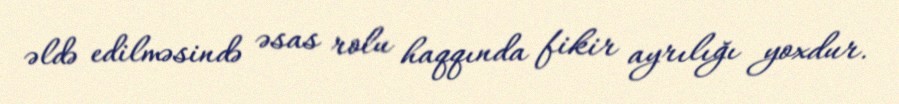
əldə edilməsində əsas rolu haqqında fikir ayrılığı yoxdur.